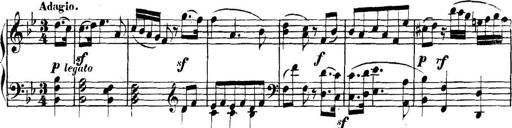
Title: Collected Piano Sonatas
Composer: Muzio Clementi